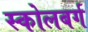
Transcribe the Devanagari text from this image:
स्कोलबर्ग